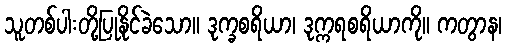
သူတစ်ပါးတို့ပြုနိုင်ခဲသော။ ဒုက္ခစရိယာ၊ ဒုက္ကရစရိယာကို။ ကတွာန၊